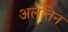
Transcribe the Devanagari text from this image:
अलतिन